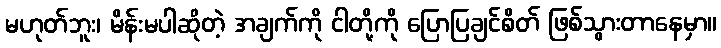
မဟုတ်ဘူး၊ မိန်းမပါဆိုတဲ့ အချက်ကို ငါတို့ကို ပြောပြချင်စိတ် ဖြစ်သွားတာနေမှာ။